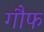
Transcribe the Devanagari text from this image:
गौफ